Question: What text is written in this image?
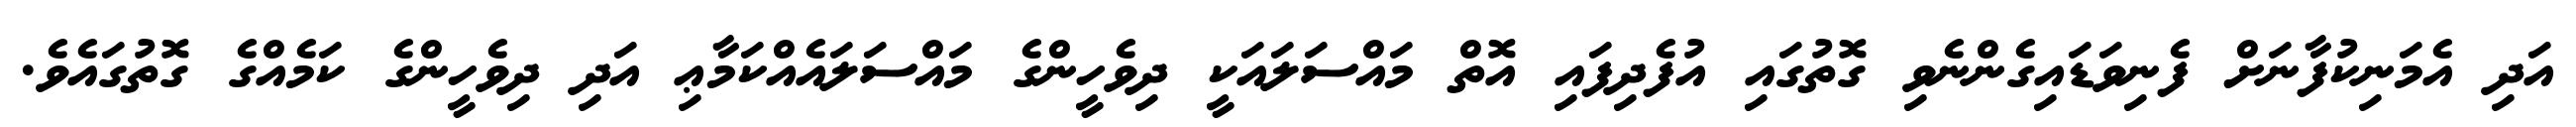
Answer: އަދި އެމަނިކުފާނަށް ފެނިވަޑައިގެންނެވި ގޮތުގައި އުފެދިފައި އޮތް މައްސަލައަކީ ދިވެހީންގެ މައްސަލައެއްކަމާޢި އަދި ދިވެހީންގެ ކަމެއްގެ ގޮތުގައެވެ.